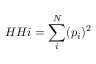
H H i = \sum _ { i } ^ { N } ( p _ { i } ) ^ { 2 }